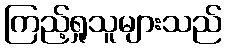
ကြည့်ရှုသူများသည်